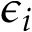
\epsilon _ { i }